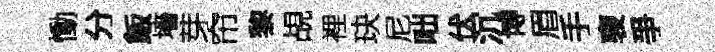
慟分飯墻芽帘黎覘裡玦尼咄伏沉博眉手褏爭